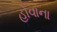
હોવાના